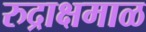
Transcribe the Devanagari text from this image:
रुद्राक्षमाळ